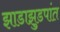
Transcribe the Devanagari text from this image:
झाडाझुडपांत